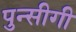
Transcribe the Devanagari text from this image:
पुन्सीगी